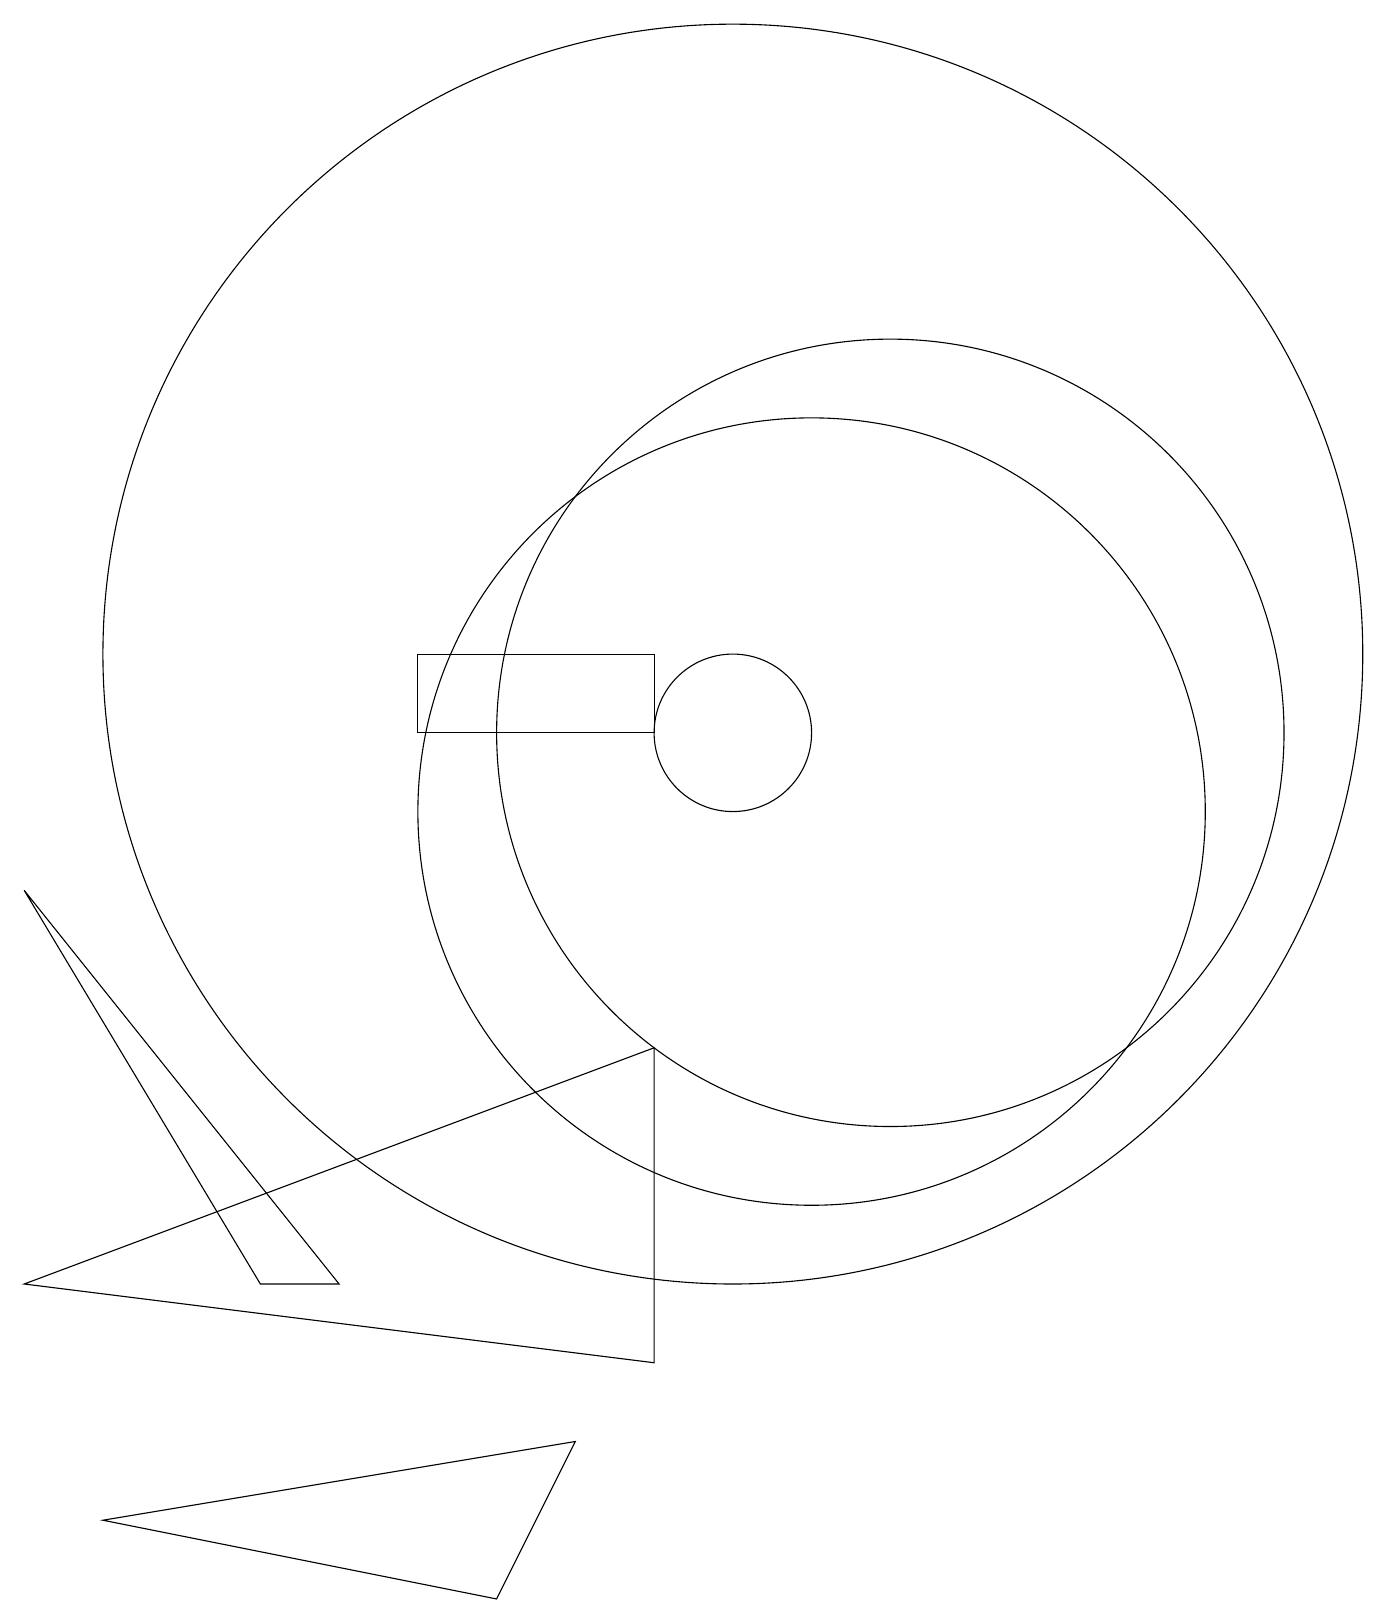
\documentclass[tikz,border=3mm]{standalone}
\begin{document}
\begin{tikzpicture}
\draw (9,12) rectangle (6,11);
\draw (2,1) -- (8,2) -- (7,0) -- cycle;
\draw (10,11) circle (1);
\draw (5,4) -- (4,4) -- (1,9) -- cycle;
\draw (1,4) -- (9,3) -- (9,7) -- cycle;
\draw (11,10) circle (5);
\draw (10,12) circle (8);
\draw (12,11) circle (5);
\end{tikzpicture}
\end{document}